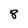
Character: 8